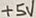
Text: +5V